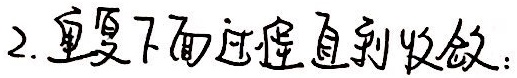
2. 重复下面过程直到收敛：